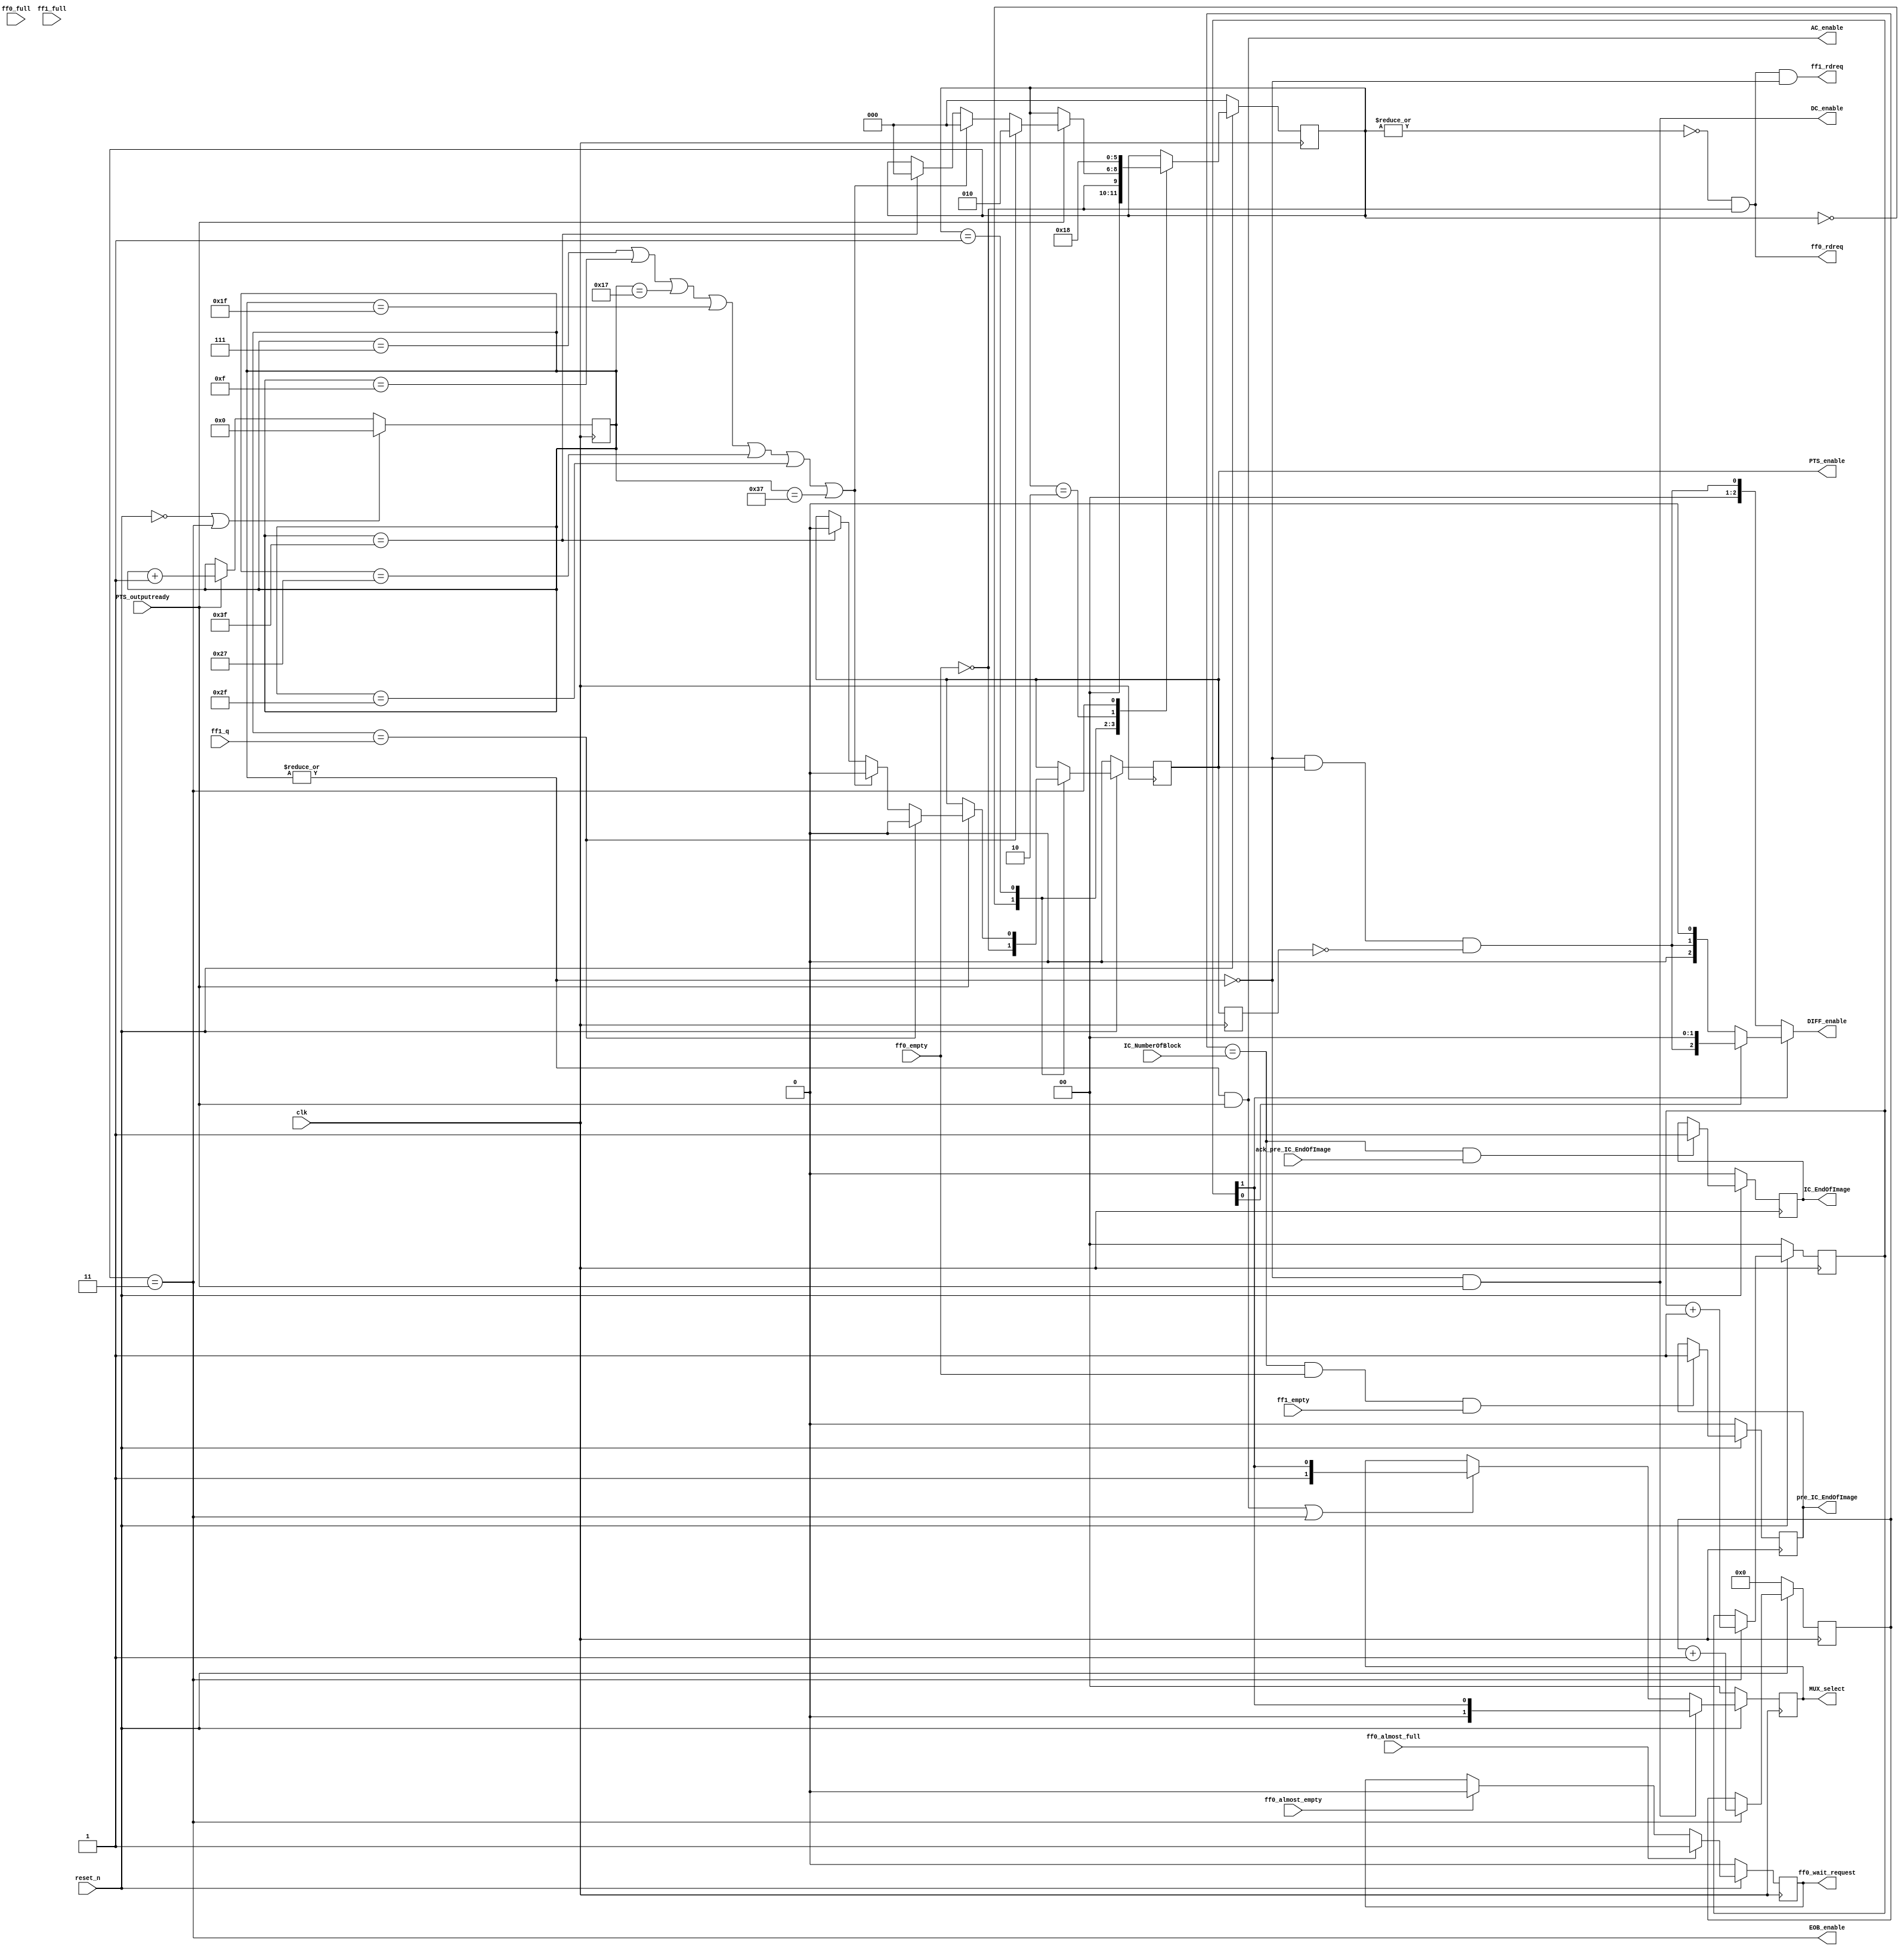
// *******************************************************************
// HUFFMAN CONTROL UNIT
// *******************************************************************
module ic_hc_control_unit (
				clk,
				reset_n,
				// Inputs
				IC_NumberOfBlock,
				ff0_empty,
				ff0_full,
				ff1_empty,
				ff1_full,
				ff0_almost_empty,
				ff0_almost_full,
				PTS_outputready,
				ack_pre_IC_EndOfImage,
				ff1_q,
				// Outputs
				IC_EndOfImage,
				pre_IC_EndOfImage,
				ff0_rdreq,
				ff1_rdreq,
				PTS_enable,
				DC_enable,
				AC_enable,
				EOB_enable,
				DIFF_enable,
				MUX_select,
				ff0_wait_request
			);

// ----------------------- In Out -------------------------
input			clk,
				reset_n,
				ff0_empty,
				ff0_full,				
				ff1_empty,
				ff1_full,
				ff0_almost_empty,
				ff0_almost_full,				
				PTS_outputready,
				ack_pre_IC_EndOfImage;
input	[5:0]	ff1_q;
input	[19:0]	IC_NumberOfBlock;

output			ff0_rdreq,
				ff1_rdreq,
				PTS_enable,
				DC_enable,
				AC_enable,
				EOB_enable,
				IC_EndOfImage,
				pre_IC_EndOfImage,
				ff0_wait_request;
output [1:0]	MUX_select;
output [2:0]  	DIFF_enable;

// MUX_select = 00: DCY
//              01: ACY
//              10: DCCb
//              11: ACCb              
				
// ----------------------- Reg -------------------------	
reg				PTS_enable,
				s1_PTS_enable,
				IC_EndOfImage,
				pre_IC_EndOfImage,
				ff0_wait_request;
reg  	[1:0] 	select_YCb,
				MUX_select;
reg		[2:0]	state;
reg		[5:0]	count;
reg  	[19:0] 	block_count;

// ----------------------- Wire -------------------------			
wire	[5:0] 	EOB;				

assign EOB = ff1_q;
assign ff0_rdreq = ~|state && ~ff0_empty;
assign ff1_rdreq = ~|state && ~ff0_empty && (~|count);

assign DC_enable = (~|count) && PTS_outputready;
assign AC_enable = (|count) && PTS_outputready;
assign EOB_enable = (state == 3'h3);

// -------------- DIFF enable ------------------
// chon Y, Cb, Cr =  001  010 100
// selecy_YCb     = 00 01 10  11
assign DIFF_enable = (~select_YCb[1]) ? {2'h0, (~|count) && PTS_enable && ~s1_PTS_enable} : 
                     (~select_YCb[0]) ? {1'b0, (~|count) && PTS_enable && ~s1_PTS_enable, 1'b0} :
                     (select_YCb[0]) ? {(~|count) && PTS_enable && ~s1_PTS_enable, 2'h0} : DIFF_enable;
always @ (posedge clk)
	s1_PTS_enable <= PTS_enable;

always @ (posedge clk)
begin
	if (~reset_n)
		ff0_wait_request <= 1'b0;
	else if (ff0_almost_full) 
		ff0_wait_request <= 1'b1;
	else if (ff0_almost_empty)
		ff0_wait_request <= 1'b0;		
end

// ------------------ MUX ------------------------
// 00: DCY  01: ACY  10: DCCb  11: ACCb
always @ (posedge clk)
	if (~reset_n)
		MUX_select <= 2'h0;
	else
		MUX_select <= DC_enable ? {1'b0, select_YCb[1]} : 
					 (AC_enable || EOB_enable) ? {1'b1, select_YCb[1]} : MUX_select;
                  
// --------------- select Y or Cb --------------------
// select[1]: Cb, ~select[1]: Y
always @ (posedge clk)
	if (~reset_n)
	begin
		select_YCb <= 2'h0;
		block_count <= 20'h0;
	end
	else if (EOB_enable)
	begin
		select_YCb <= select_YCb + 1'b1;
		block_count <= block_count + 1'b1;
	end

// --------------- bat End of Image --------------------
always @ (posedge clk)  
	if (~reset_n)
		pre_IC_EndOfImage <= 1'b0;
	else if ((block_count == IC_NumberOfBlock) && ff0_empty && ff1_empty)
		pre_IC_EndOfImage <= 1'b1;

always @ (posedge clk)  
	if (~reset_n)
		IC_EndOfImage <= 1'b0;
	else if ((block_count == IC_NumberOfBlock) && ack_pre_IC_EndOfImage)
		IC_EndOfImage <= 1'b1;
		
// -------- counter quan li EOB, AC, DC -----------------
always @ (posedge clk)
	if (~reset_n || EOB_enable)
		count <= 6'h0;
	else if (PTS_outputready)
		count <= count + 1'b1;

// --------- Yeu cau FIFO0, FIFO1 va kiem tra ------------
always @ (posedge clk)
begin
	if (~reset_n)
	begin
		PTS_enable <= 1'b0;
		state <= 3'h0;
	end
	// neu da check eob xong -> ff1 ko rong
	else
	begin
		case (state)
			3'h0: begin
				state <= {2'b00, ~ff0_empty};		
				PTS_enable <= ~ff0_empty;
			end
			
			3'h1: if (PTS_outputready)
			begin
				// neu EOB = 0: xuat DC_enable roi EOB_enable
				if (count == EOB)
				begin
					PTS_enable <= 1'b0;
					state <= 3'h2;
				end
				
				else if (count == 6'd7 || count == 6'd15 || count == 6'd23 || count == 6'd31 || count == 6'd39 || count == 6'd47 || count == 6'd55)
				begin
					PTS_enable <= 1'b0;
					state <= 3'h0;
				end
				
				else if (count == 6'd63)
				begin
					PTS_enable <= 1'b0;
					state <= 3'h0;
				end
			end
			
			3'h2: state <= 3'h3;
			// turn on EOB
			3'h3: state <= 3'h0;
		endcase
	end
end

endmodule